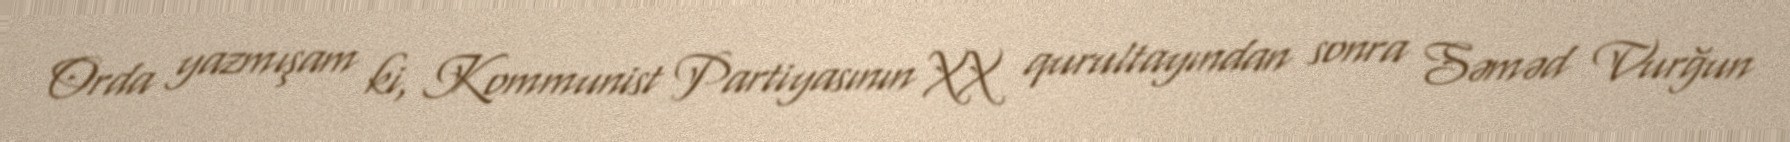
Orda yazmışam ki, Kommunist Partiyasının XX qurultayından sonra Səməd Vurğun